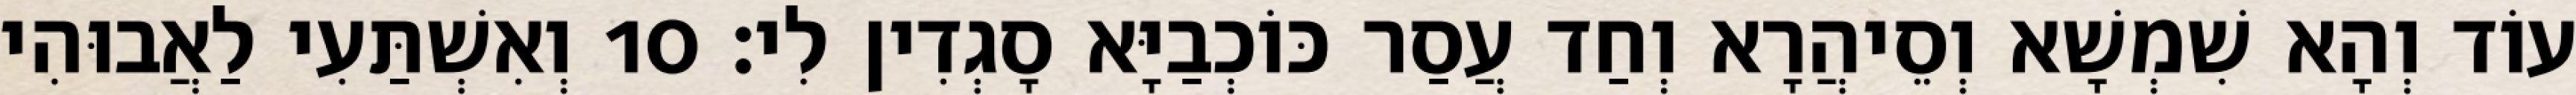
עוֹד וְהָא שִׁמְשָׁא וְסֵיהֲרָא וְחַד עֲסַר כּוֹכְבַיָּא סָגְדִין לִי׃ 10 וְאִשְׁתַּעִי לַאֲבוּהִי